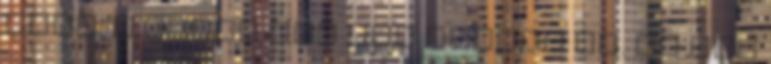
ever. A többi kép itt érhető el. Ma van